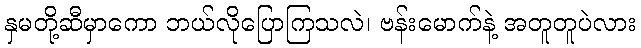
နှမတို့ဆီမှာကော ဘယ်လိုပြောကြသလဲ၊ ဗန်းမောက်နဲ့ အတူတူပဲလား